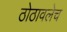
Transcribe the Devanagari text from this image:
ठोठावलेच